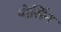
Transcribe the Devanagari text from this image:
पोर्सिन